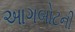
આગબોટની